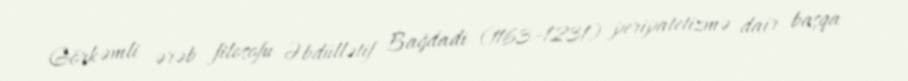
Görkəmli ərəb filosofu Əbdüllətif Bağdadi (1163–1231) peripatetizmə dair başqa